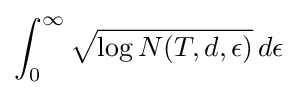
\int _{0}^{\infty }{\sqrt {\log N(T,d,\epsilon )}}\,d\epsilon